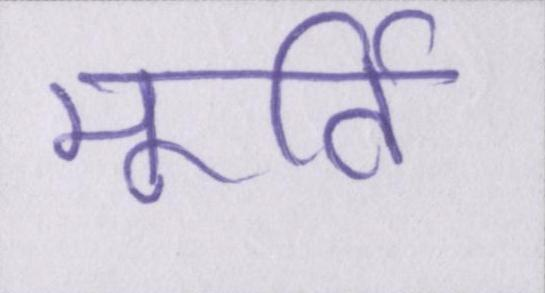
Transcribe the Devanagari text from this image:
मूर्ति